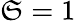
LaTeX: \mathfrak{S}=1